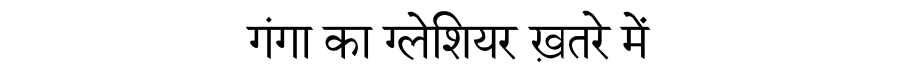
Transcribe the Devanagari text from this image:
गंगा का ग्लेशियर ख़तरे में